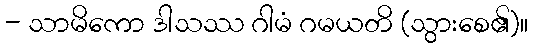
- သာမိကော ဒါသဿ ဂါမံ ဂမယတိ (သွားစေ၏)။